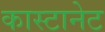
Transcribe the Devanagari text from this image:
कास्टानेट